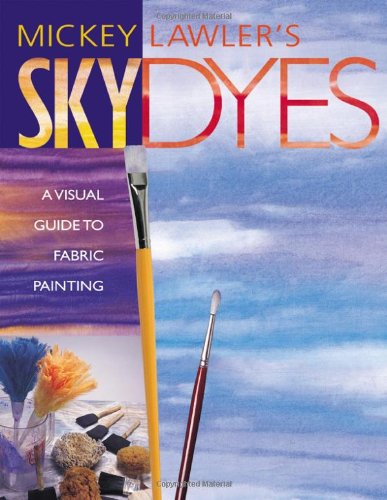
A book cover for Skydyes: A Visual Guide to Fabric Painting; Mickey Lawler; Crafts, Hobbies & Home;